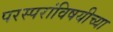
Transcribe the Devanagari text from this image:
परस्परांविषयीच्या